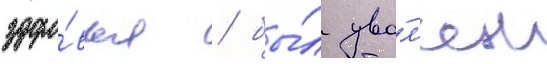
здоро́вья / бы́л уво́л'ен